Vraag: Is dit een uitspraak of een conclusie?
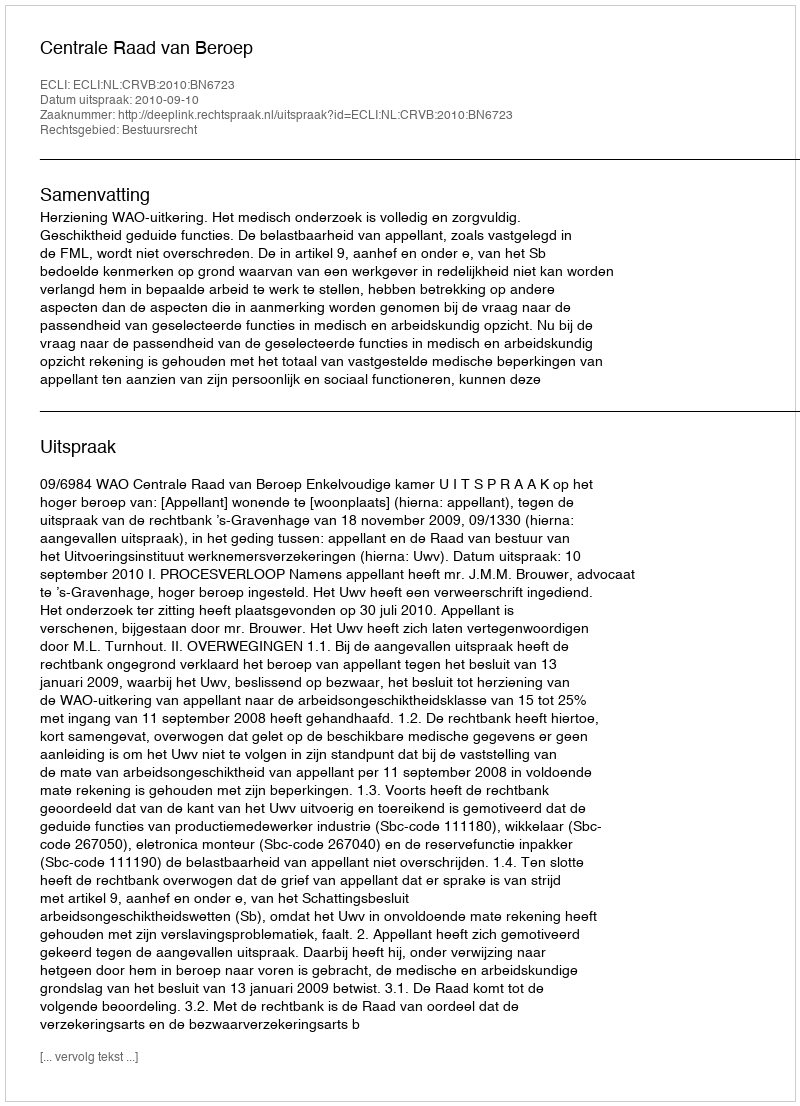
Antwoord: Uitspraak